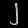
Digit: ၂